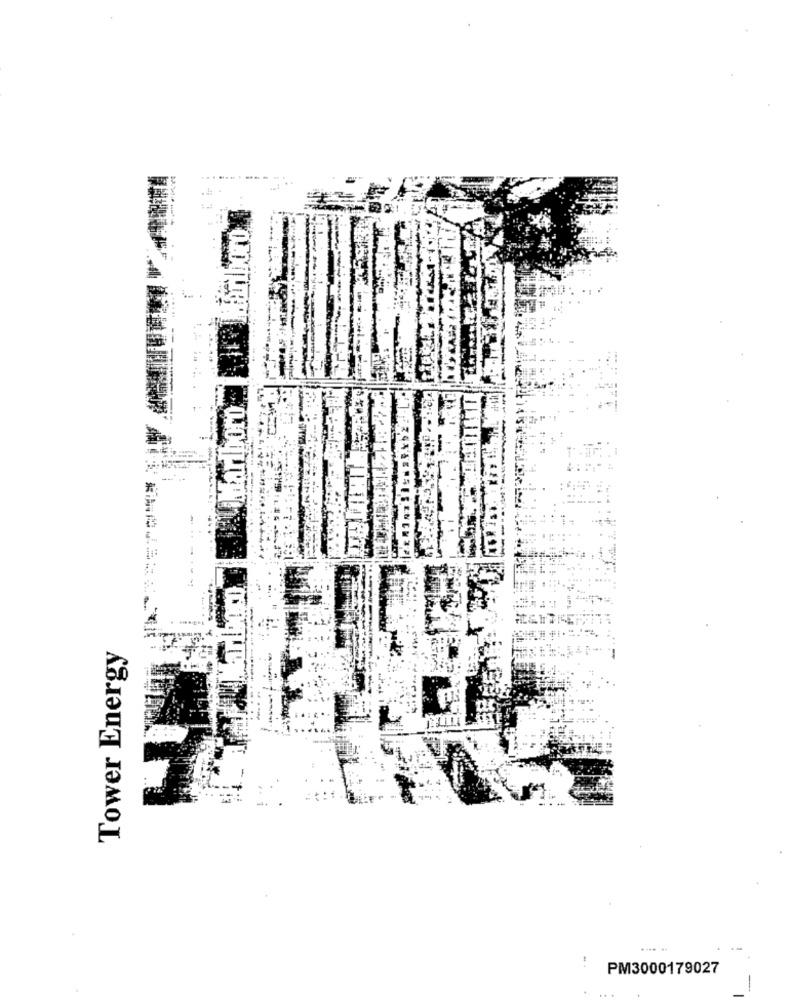
Tower Energy
PM3000179027
-